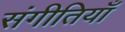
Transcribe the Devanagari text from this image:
संगीतियाँ